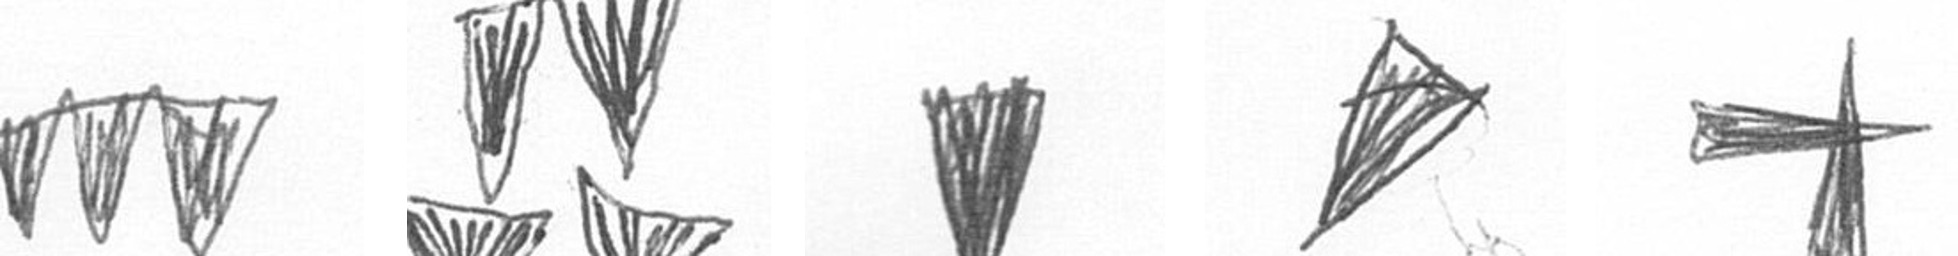
L B J O G